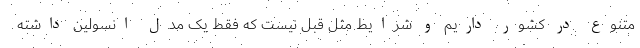
متنوع در کشور داریم و شرایط مثل قبل نیست که فقط یک مدل انسولین داشته